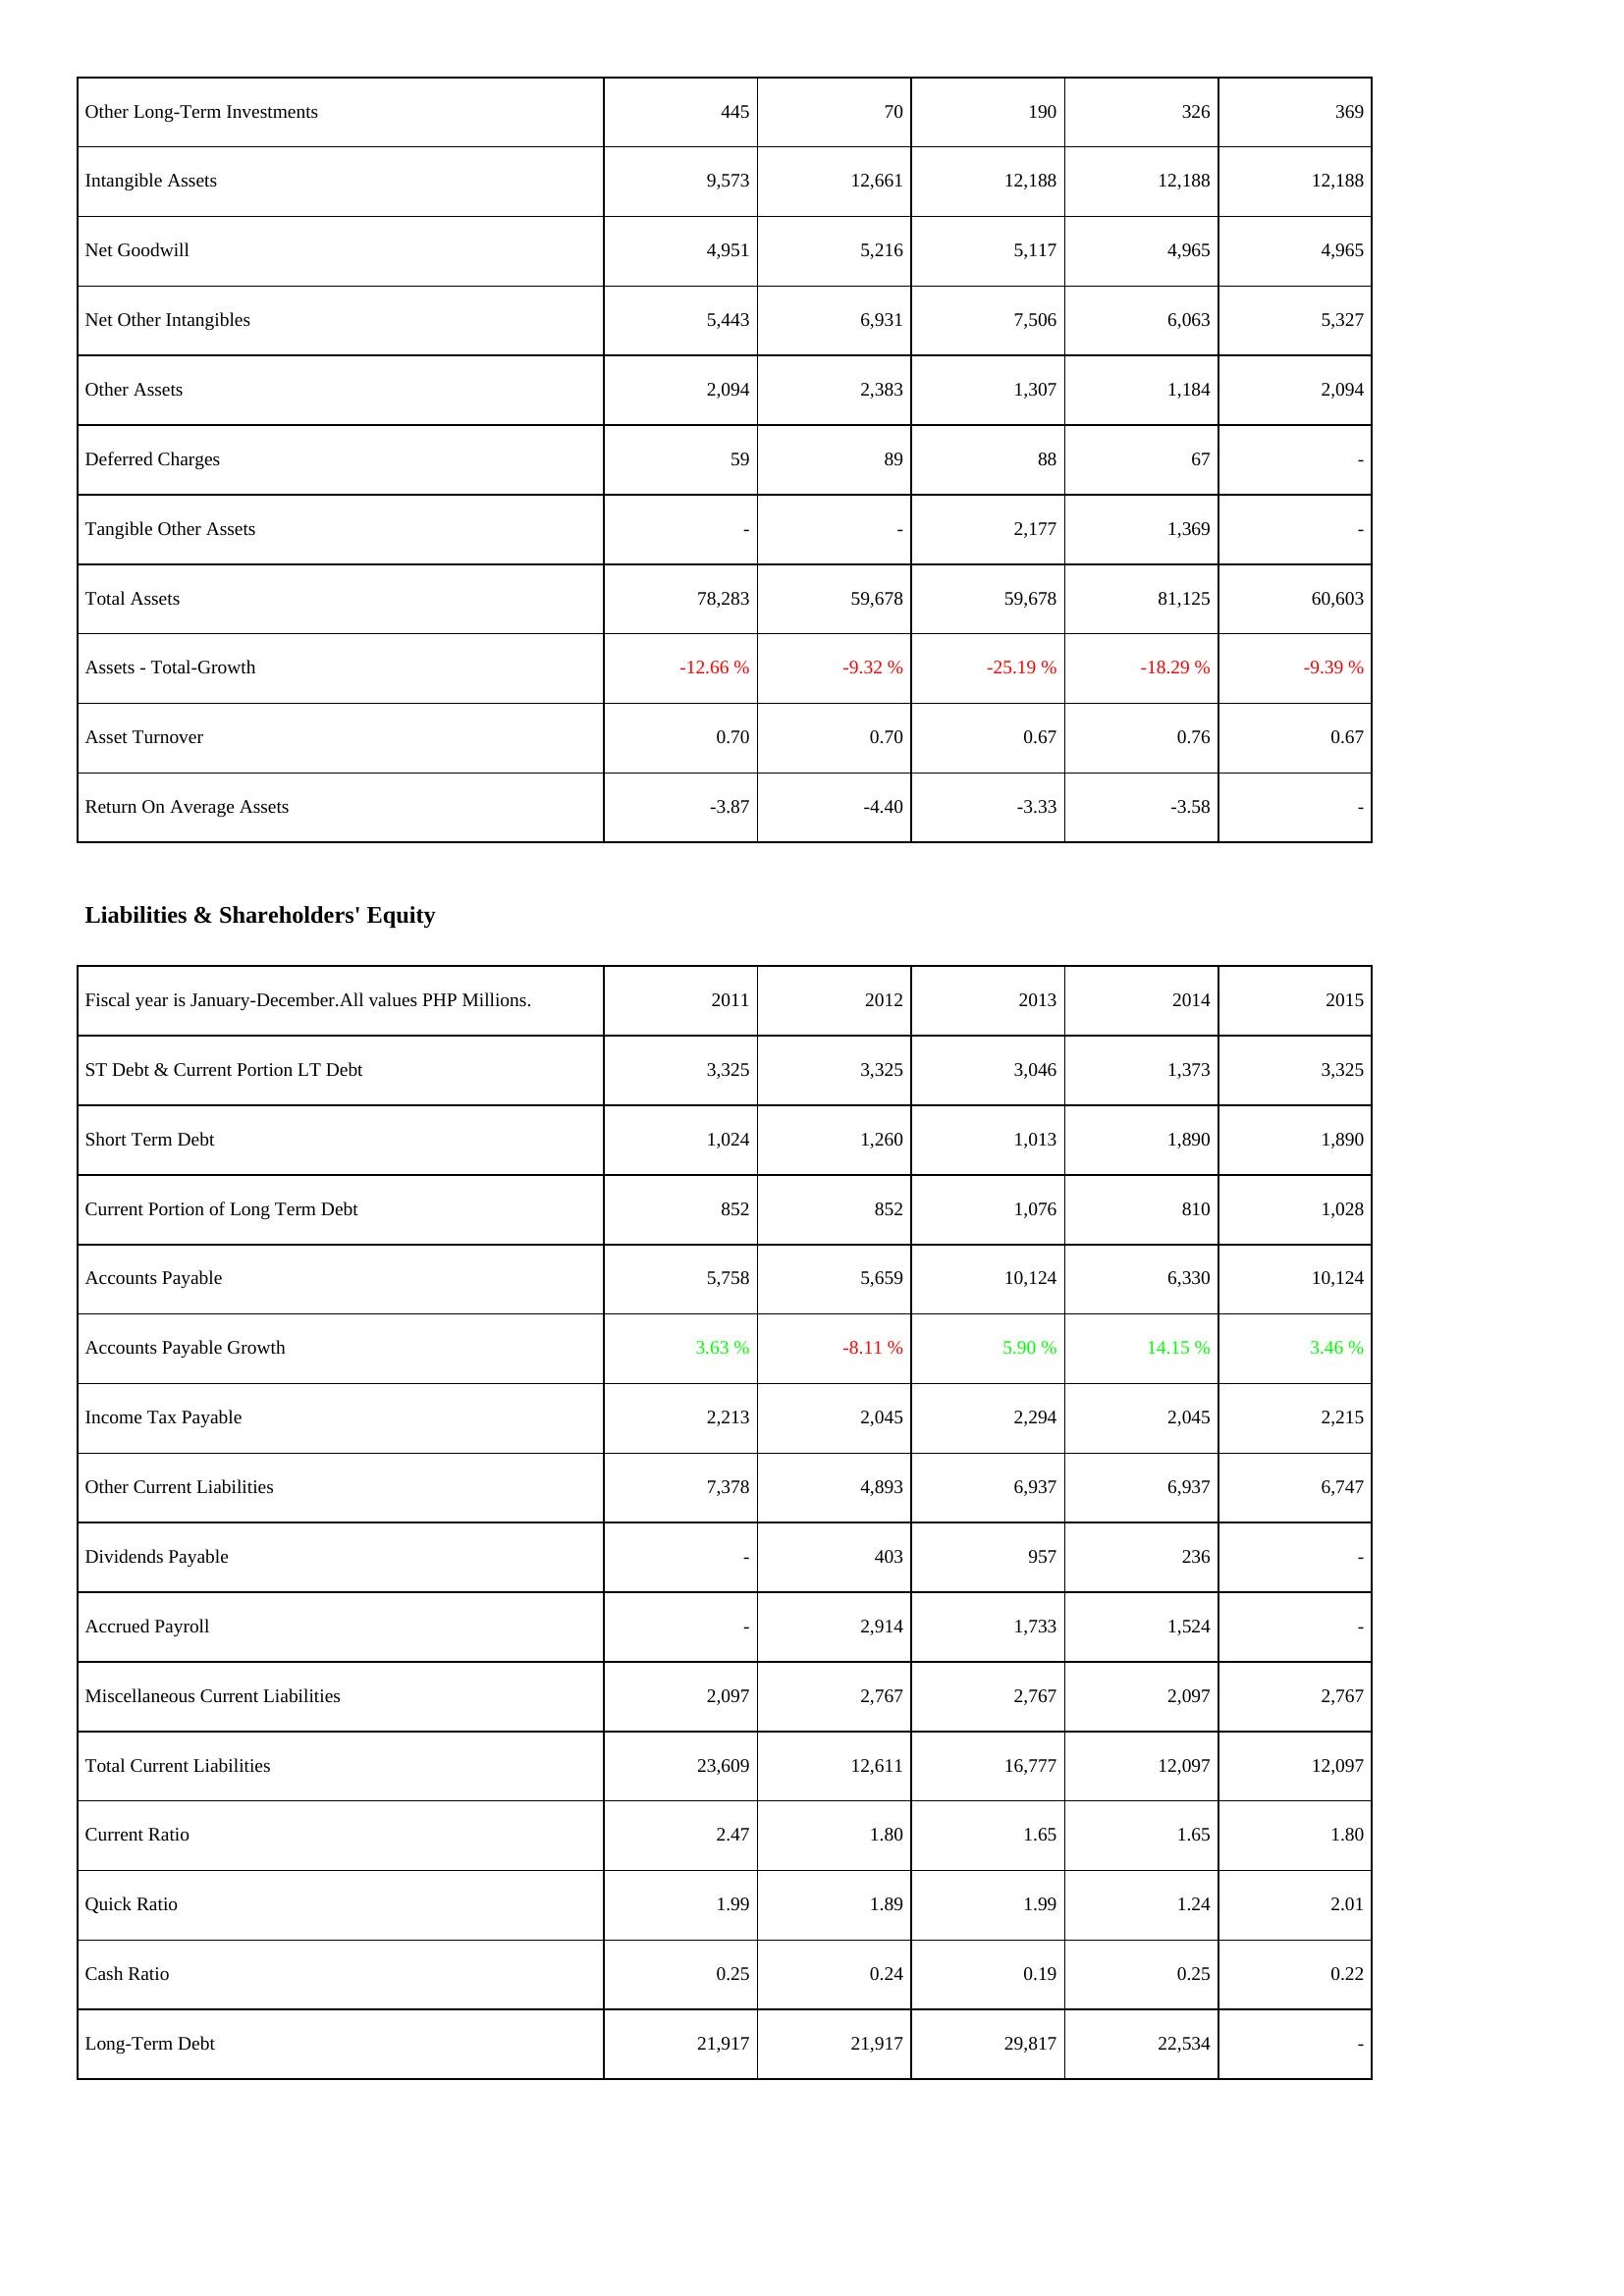
2011: Assets: Other Long-Term Investments: 445
Intangible Assets: 9,573
Net Goodwill: 4,951
Net Other Intangibles: 5,443
Other Assets: 2,094
Deferred Charges: 59
Tangible Other Assets: -
Total Assets: 78,283
Assets - Total-Growth: -12.66 %
Asset Turnover: 0.70
Return On Average Assets: -3.87
Liabilities & Shareholders' Equity: ST Debt & Current Portion LT Debt: 3,325
Short Term Debt: 1,024
Current Portion of Long Term Debt: 852
Accounts Payable: 5,758
Accounts Payable Growth: 3.63 %
Income Tax Payable: 2,213
Other Current Liabilities: 7,378
Dividends Payable: -
Accrued Payroll: -
Miscellaneous Current Liabilities: 2,097
Total Current Liabilities: 23,609
Current Ratio: 2.47
Quick Ratio: 1.99
Cash Ratio: 0.25
Long-Term Debt: 21,917
2012: Assets: Other Long-Term Investments: 70
Intangible Assets: 12,661
Net Goodwill: 5,216
Net Other Intangibles: 6,931
Other Assets: 2,383
Deferred Charges: 89
Tangible Other Assets: -
Total Assets: 59,678
Assets - Total-Growth: -9.32 %
Asset Turnover: 0.70
Return On Average Assets: -4.40
Liabilities & Shareholders' Equity: ST Debt & Current Portion LT Debt: 3,325
Short Term Debt: 1,260
Current Portion of Long Term Debt: 852
Accounts Payable: 5,659
Accounts Payable Growth: -8.11 %
Income Tax Payable: 2,045
Other Current Liabilities: 4,893
Dividends Payable: 403
Accrued Payroll: 2,914
Miscellaneous Current Liabilities: 2,767
Total Current Liabilities: 12,611
Current Ratio: 1.80
Quick Ratio: 1.89
Cash Ratio: 0.24
Long-Term Debt: 21,917
2013: Assets: Other Long-Term Investments: 190
Intangible Assets: 12,188
Net Goodwill: 5,117
Net Other Intangibles: 7,506
Other Assets: 1,307
Deferred Charges: 88
Tangible Other Assets: 2,177
Total Assets: 59,678
Assets - Total-Growth: -25.19 %
Asset Turnover: 0.67
Return On Average Assets: -3.33
Liabilities & Shareholders' Equity: ST Debt & Current Portion LT Debt: 3,046
Short Term Debt: 1,013
Current Portion of Long Term Debt: 1,076
Accounts Payable: 10,124
Accounts Payable Growth: 5.90 %
Income Tax Payable: 2,294
Other Current Liabilities: 6,937
Dividends Payable: 957
Accrued Payroll: 1,733
Miscellaneous Current Liabilities: 2,767
Total Current Liabilities: 16,777
Current Ratio: 1.65
Quick Ratio: 1.99
Cash Ratio: 0.19
Long-Term Debt: 29,817
2014: Assets: Other Long-Term Investments: 326
Intangible Assets: 12,188
Net Goodwill: 4,965
Net Other Intangibles: 6,063
Other Assets: 1,184
Deferred Charges: 67
Tangible Other Assets: 1,369
Total Assets: 81,125
Assets - Total-Growth: -18.29 %
Asset Turnover: 0.76
Return On Average Assets: -3.58
Liabilities & Shareholders' Equity: ST Debt & Current Portion LT Debt: 1,373
Short Term Debt: 1,890
Current Portion of Long Term Debt: 810
Accounts Payable: 6,330
Accounts Payable Growth: 14.15 %
Income Tax Payable: 2,045
Other Current Liabilities: 6,937
Dividends Payable: 236
Accrued Payroll: 1,524
Miscellaneous Current Liabilities: 2,097
Total Current Liabilities: 12,097
Current Ratio: 1.65
Quick Ratio: 1.24
Cash Ratio: 0.25
Long-Term Debt: 22,534
2015: Assets: Other Long-Term Investments: 369
Intangible Assets: 12,188
Net Goodwill: 4,965
Net Other Intangibles: 5,327
Other Assets: 2,094
Deferred Charges: -
Tangible Other Assets: -
Total Assets: 60,603
Assets - Total-Growth: -9.39 %
Asset Turnover: 0.67
Return On Average Assets: -
Liabilities & Shareholders' Equity: ST Debt & Current Portion LT Debt: 3,325
Short Term Debt: 1,890
Current Portion of Long Term Debt: 1,028
Accounts Payable: 10,124
Accounts Payable Growth: 3.46 %
Income Tax Payable: 2,215
Other Current Liabilities: 6,747
Dividends Payable: -
Accrued Payroll: -
Miscellaneous Current Liabilities: 2,767
Total Current Liabilities: 12,097
Current Ratio: 1.80
Quick Ratio: 2.01
Cash Ratio: 0.22
Long-Term Debt: -